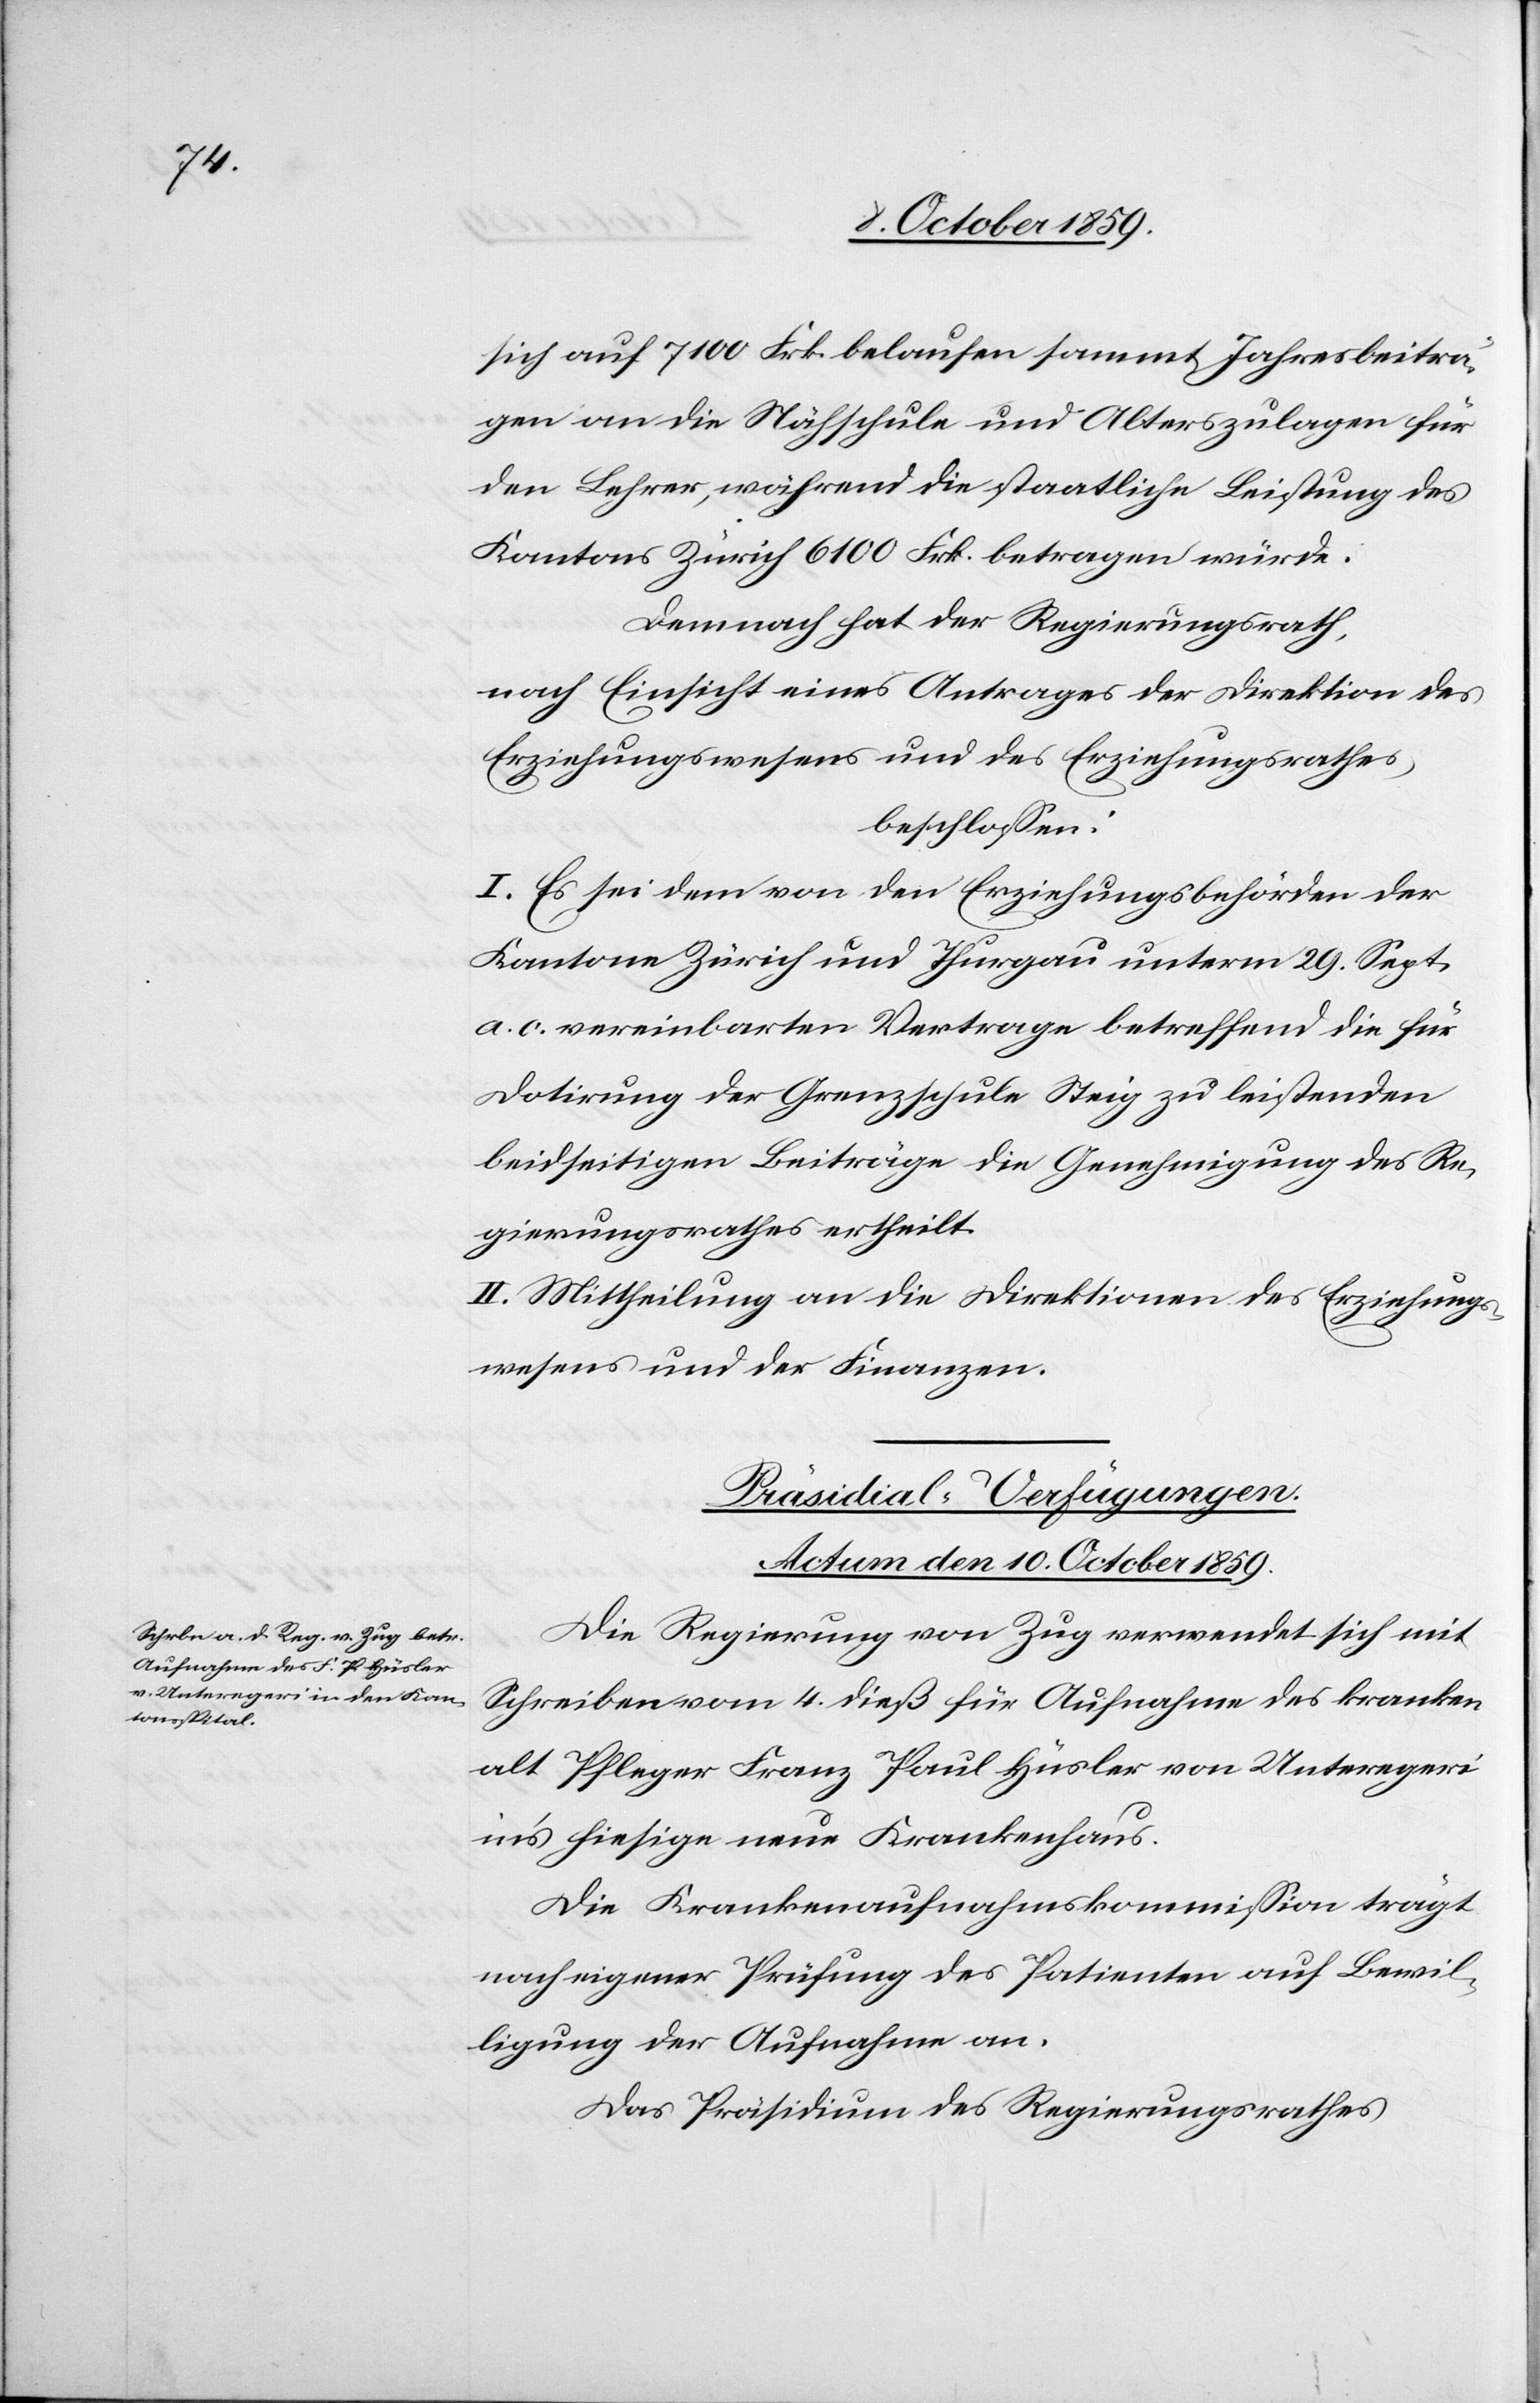
sich auf 7100 Frk. belaufen sammt Jahresbeiträ¬
gen an die Nähschule und Alterszulagen für
den Lehrer, während die staatliche Leistung des
Kantons Zürich 6100 Frk. betragen würde.
Demnach hat der Regierungsrath,
nach Einsicht eines Antrages der Direktion des
Erziehungswesens und des Erziehungsrathes,
beschlossen:
I. Es sei dem von den Erziehungsbehörden der
Kantone Zürich und Thurgau unterm 29. Sept.
a. c. vereinbarten Vertrage betreffend die für
Dotirung der Grenzschule Steig zu leistenden
beidseitigen Beiträge die Genehmigung des Re¬
gierungsrathes ertheilt.
II. Mittheilung an die Direktionen des Erziehungs¬
wesens und der Finanzen.
Präsidial-Verfügungen.
Actum den 10. October 1859.
Die Regierung von Zug verwendet sich mit
Schreiben vom 4. dieß für Aufnahme des kranken
alt Pfleger Franz Paul Hüsler von Unteregeri
in's hiesige neue Krankenhaus.
Die Krankenaufnahmskommission trägt
nach eigener Prüfung des Patienten auf Bewil¬
ligung der Aufnahme an.
Das Präsidium des Regierungsrathes